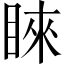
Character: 睞